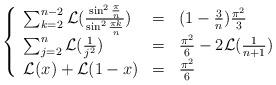
LaTeX: \begin{align*}\left\{ \begin{array}{lll}\sum_{k=2}^{n-2}{\cal L}(\frac{\sin^2\frac{\pi}{n}}{\sin^2\frac{\pi k}{n}})& = & (1-\frac{3}{n})\frac{\pi^2}{3} \\\sum_{j=2}^n{\cal L}(\frac{1}{j^2}) & = & \frac{\pi^2}{6}-2{\cal L}(\frac{1}{n+1}) \\{\cal L}(x)+{\cal L}(1-x) & = & \frac{\pi^2}{6}\end{array} \right.\end{align*}